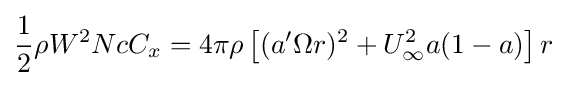
{\frac {1}{2}}\rho W^{2}NcC_{x}=4\pi \rho \left[(a'\Omega r)^{2}+U_{\infty }^{2}a(1-a)\right]r